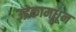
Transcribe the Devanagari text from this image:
उद्रेकामधून